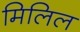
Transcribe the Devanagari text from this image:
मिलिल